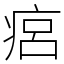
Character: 㾔